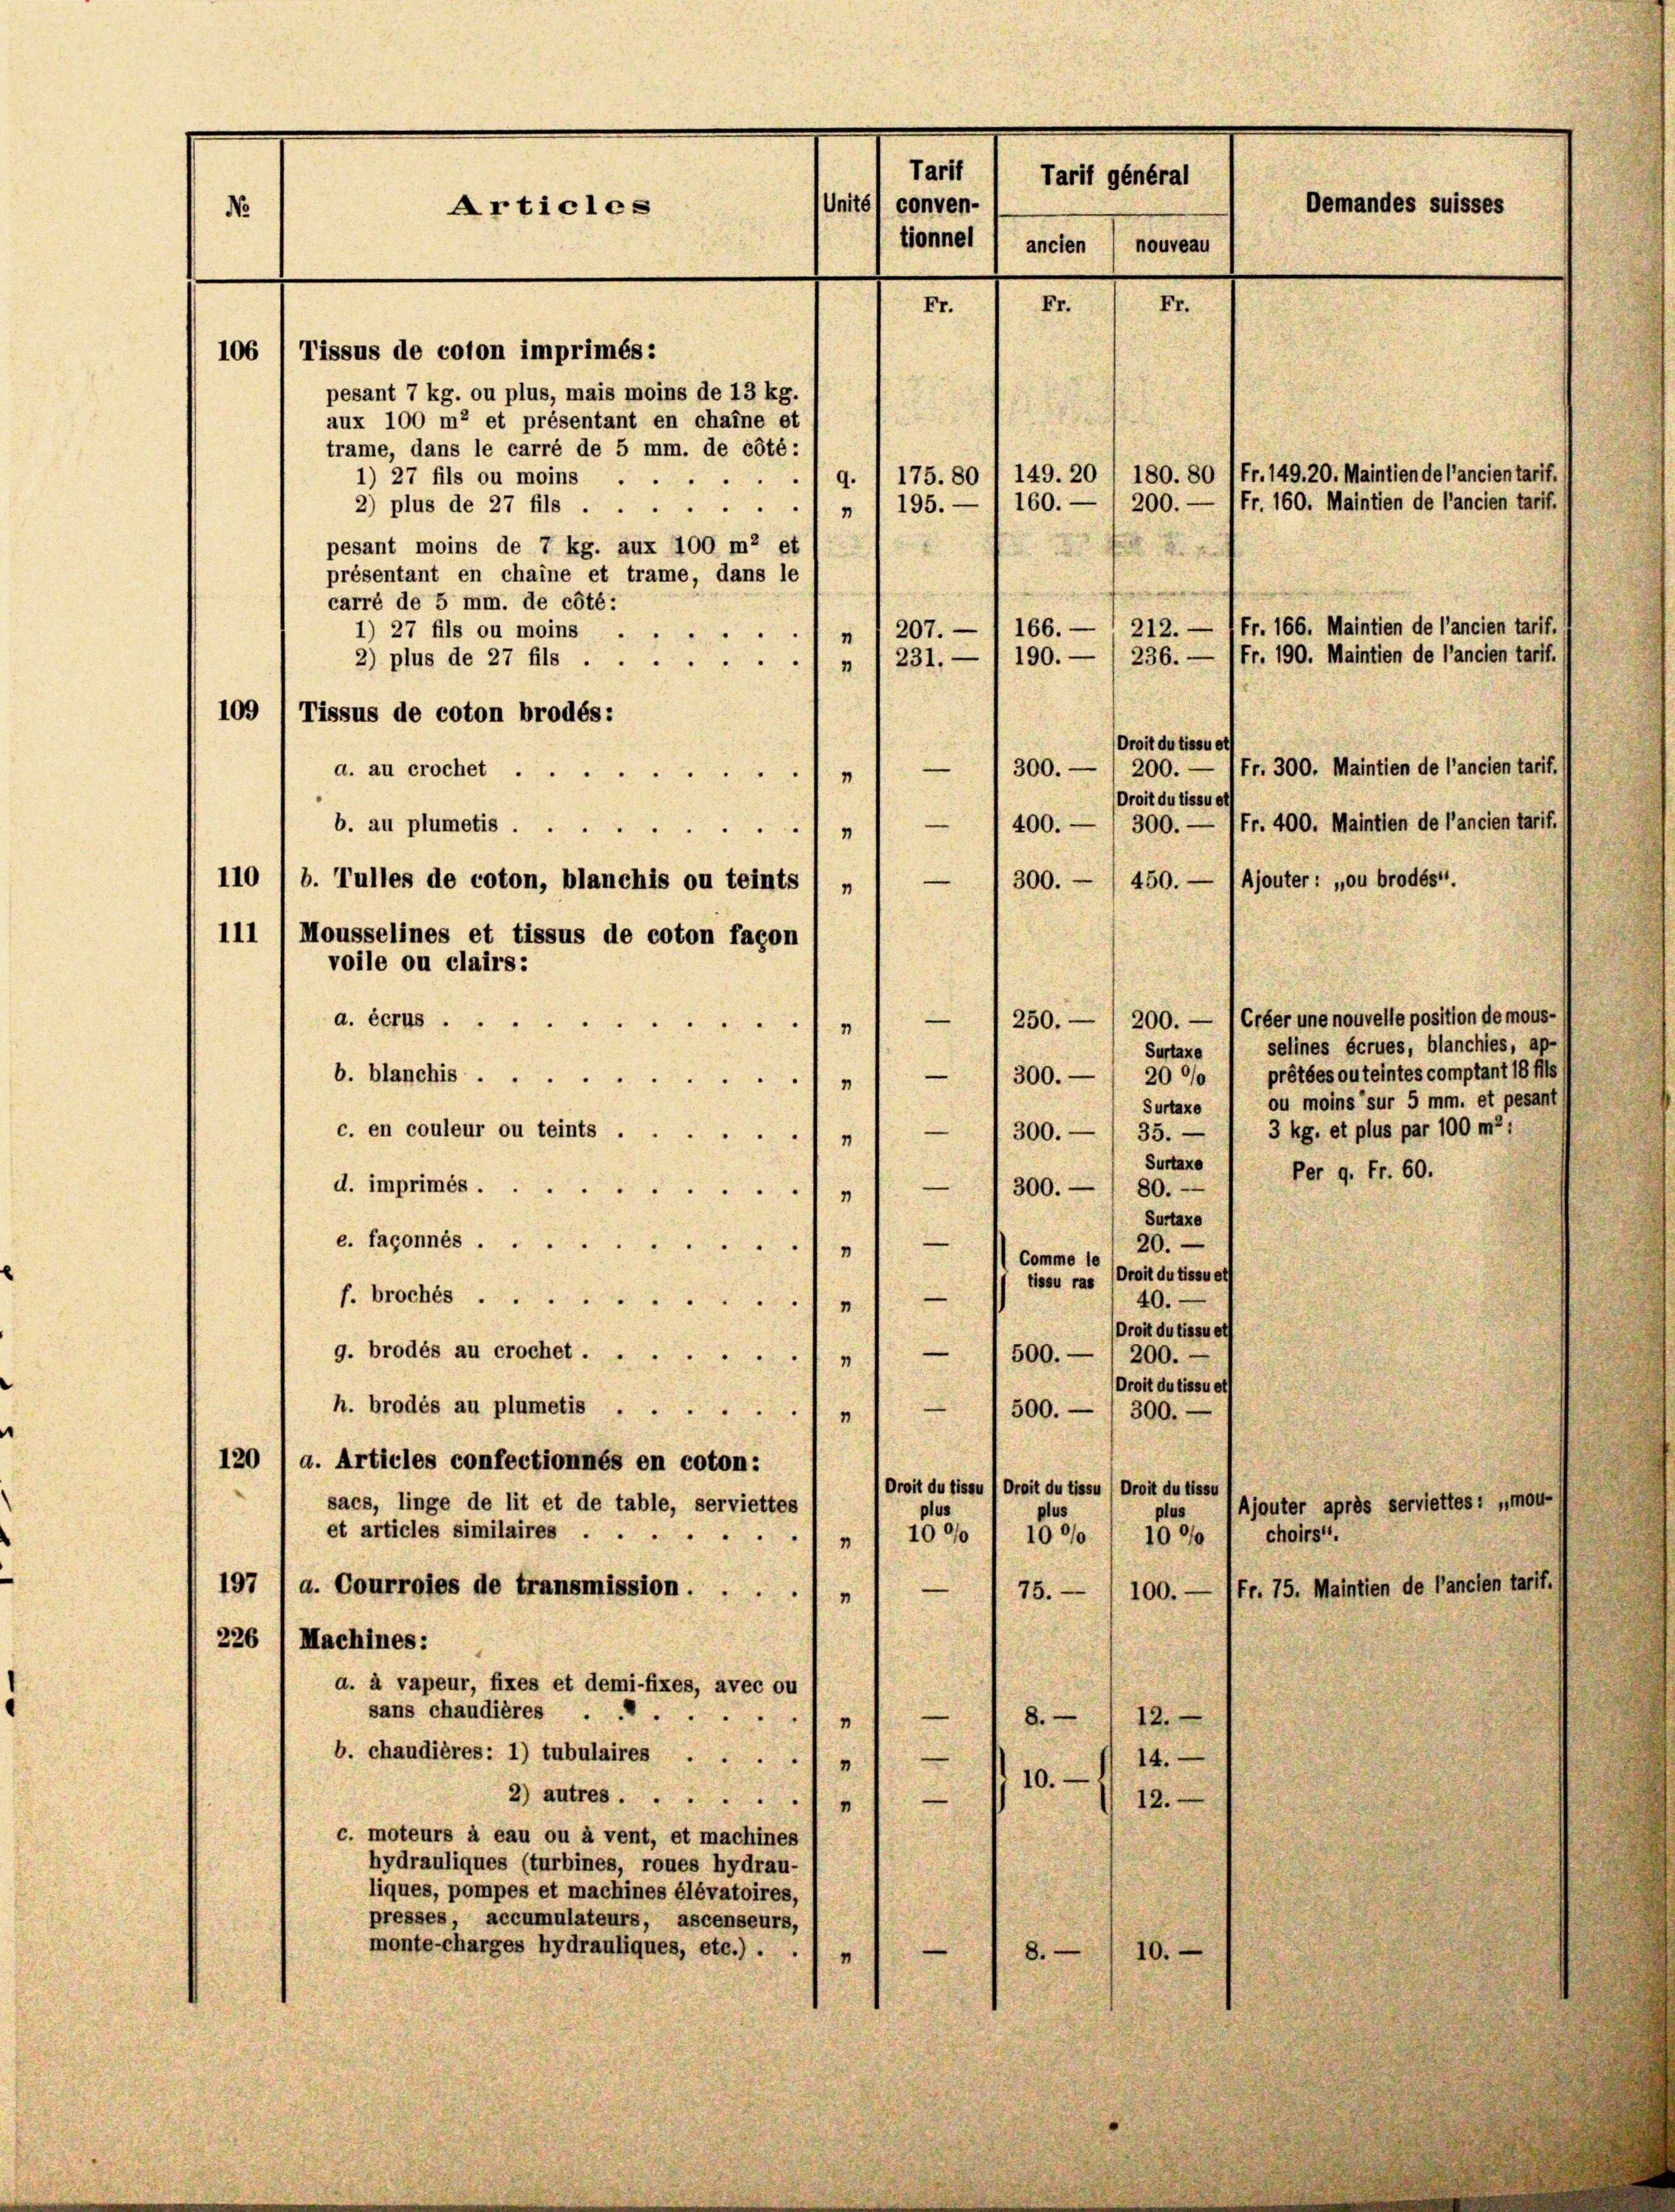
Tarif
Tarif général
Units) conven-
Demandes suisses
Articles
No
tionnel ( ancien
nouveau
Fr.
Fr.
Fr.
106 (Tissus de coton imprimés:
pesant 7 kg. ou plus, mais moins de 13 kg.
aux 100 m2 et présentant en chaine et
trame, dans le carré de 5 mm. de côté:
180. 80 1fr. 149, 20. Maintien de l’ancientarif.
1) 27 fils ou moins .
a. (175. 80
149. 20
200. — 1fr. 160. Maintien de l’ancien tarif.
2) plus de 27 fils. „ 1 195.
pesant moins de 7 kg. aux 400 m2 et
présentant en chaine et trame, dans le
carré de 5 mm. de côté:

166.
1) 27 fils ou moins .
207.
n
190.
2) plus de 27 fils . .
/231.
109 1 Tissus de coton brodés:
Droit du tissu et
Fr. 300. Maintien de l’ancien tarif.
d. au crochet,
300.
200.
1
Droit du tissue
Fr. 400. Maintien de l’ancien tarif.
400.— / 300.-
b. au plumetis ...
1
450. — (Ajouter: „ou brodés“.
110 / b. Tulles de coton, blanchis ou teints 1 „ 1 — 1 300. -
111 (Mousselines et tissus de coton façon
voile ou clairs:
200. — (Créer une nouvelle position de mous-
a. écrus .
—
250.
1
Surtaxe 1 selines écrues, blanchies, ap-
prêtées ou teintes comptant 18 fls
—
b. blanchis ...
200/
300.
"
ou moins sur 5 mm. et pesant
Surtaxe
3 kg. et plus par 100 m2:
—
c. en couleur ou teints .
300.
35.
1
Surtaxe
Per 9. fr. 60.
—
d. imprimés.
300.
80.
1
Surtaxe
e. façonnés . .
20.
"
Comme le
Tissu ras Droit du tissuet
—
f. broches ...
40.
1
Droit du tissu et
—
g. brodés au crochet.
500.— / 200.-
1
Droit du tissu eth
h. brodés au plumetis .
500.
300.
1
120 / a. Articles confectionnés en coton:
Droit du tissu (Droit du tissu (Droit du tissu
sacs, linge de lit et de table, serviettes
Ajouter après serviettes: „mou-
plus
plus
et articles similaires . .
1000
1850
10 °/o I choirs“.
1
197
a. Courroies de transmission . .
(Fr. 75. Maintien de l’ancien tarif.
75.
100.
"
226 (Machines:
d. à vapeur, fixes et demi-fixes, avec ou
sans chaudières ...
12.
8.
"
b. chaudières: 1) tubulaires.
14.
10.
2) autres.
12.
"
c. moteurs à eau ou à vent, et machines
hydrauliques (turbines, roues hydrau-
liques, pompes et machines élévatoires,
presses, accumulateurs, ascenseurs,
monte-charges hydrauliques, etc.) .
10.
8.
"

212. — 1 Fr. 166. Maintien de l’ancien tarif.
236. — 1fr. 190. Maintien de l’ancien tarf.